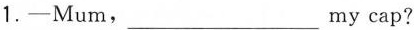
1. —Mum，___my cap?